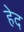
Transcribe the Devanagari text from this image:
हेद